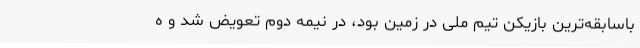
باسابقه‌ترین بازیکن تیم ملی در زمین بود، در نیمه دوم تعویض شد و ه